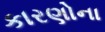
કારણોના